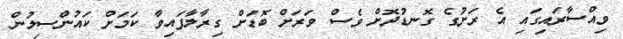
ވިއްސާރައިގައި އެ ރަށުގެ ގޮނޑުދޮށް ވެސް ވަރަށް ބޮޑަށް ގިރާލާފައިވާ ކަމަށް ކައުންސިލުން